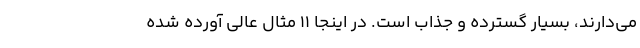
می‌دارند، بسیار گسترده و جذاب است. در اینجا ۱۱ مثال عالی آورده شده